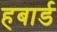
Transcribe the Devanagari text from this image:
हबार्ड